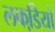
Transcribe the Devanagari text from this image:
लकडि़यों